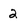
Character: 2